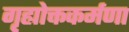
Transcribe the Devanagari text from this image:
गृह्योक्तकर्मणा